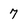
Character: 7